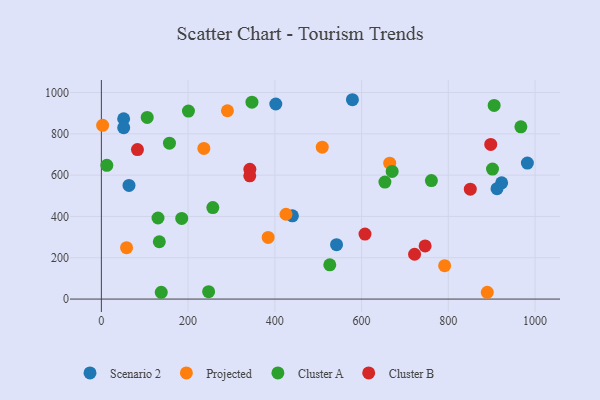
{"axis": {"x": "Study Hours", "y": "Fuel Efficiency"}, "legend": ["Cluster A", "Cluster B", "Projected", "Scenario 2"], "data": [{"x": "402.2", "y": 944.5, "type": "Scenario 2"}, {"x": "51.4", "y": 873.1, "type": "Scenario 2"}, {"x": "923.0", "y": 562.8, "type": "Scenario 2"}, {"x": "51.5", "y": 830.0, "type": "Scenario 2"}, {"x": "982.3", "y": 658.5, "type": "Scenario 2"}, {"x": "578.9", "y": 965.1, "type": "Scenario 2"}, {"x": "440.5", "y": 403.2, "type": "Scenario 2"}, {"x": "542.3", "y": 263.4, "type": "Scenario 2"}, {"x": "912.3", "y": 534.5, "type": "Scenario 2"}, {"x": "63.7", "y": 550.0, "type": "Scenario 2"}, {"x": "384.6", "y": 298.4, "type": "Projected"}, {"x": "791.5", "y": 161.8, "type": "Projected"}, {"x": "236.3", "y": 729.3, "type": "Projected"}, {"x": "2.9", "y": 841.1, "type": "Projected"}, {"x": "889.9", "y": 32.9, "type": "Projected"}, {"x": "58.1", "y": 249.0, "type": "Projected"}, {"x": "425.7", "y": 410.7, "type": "Projected"}, {"x": "664.9", "y": 658.0, "type": "Projected"}, {"x": "509.3", "y": 735.2, "type": "Projected"}, {"x": "290.7", "y": 911.7, "type": "Projected"}, {"x": "138.1", "y": 32.9, "type": "Cluster A"}, {"x": "967.3", "y": 833.7, "type": "Cluster A"}, {"x": "105.7", "y": 879.3, "type": "Cluster A"}, {"x": "12.6", "y": 647.3, "type": "Cluster A"}, {"x": "185.3", "y": 390.4, "type": "Cluster A"}, {"x": "526.7", "y": 165.8, "type": "Cluster A"}, {"x": "670.5", "y": 618.1, "type": "Cluster A"}, {"x": "761.0", "y": 573.9, "type": "Cluster A"}, {"x": "653.8", "y": 566.2, "type": "Cluster A"}, {"x": "133.6", "y": 277.5, "type": "Cluster A"}, {"x": "901.9", "y": 629.3, "type": "Cluster A"}, {"x": "200.8", "y": 910.0, "type": "Cluster A"}, {"x": "905.7", "y": 937.3, "type": "Cluster A"}, {"x": "247.3", "y": 36.0, "type": "Cluster A"}, {"x": "130.6", "y": 392.5, "type": "Cluster A"}, {"x": "257.0", "y": 442.8, "type": "Cluster A"}, {"x": "157.0", "y": 754.8, "type": "Cluster A"}, {"x": "347.2", "y": 953.3, "type": "Cluster A"}, {"x": "83.2", "y": 723.6, "type": "Cluster B"}, {"x": "746.5", "y": 257.5, "type": "Cluster B"}, {"x": "342.2", "y": 596.6, "type": "Cluster B"}, {"x": "607.9", "y": 314.8, "type": "Cluster B"}, {"x": "342.4", "y": 628.4, "type": "Cluster B"}, {"x": "722.2", "y": 217.0, "type": "Cluster B"}, {"x": "897.8", "y": 748.9, "type": "Cluster B"}, {"x": "850.7", "y": 531.9, "type": "Cluster B"}]}